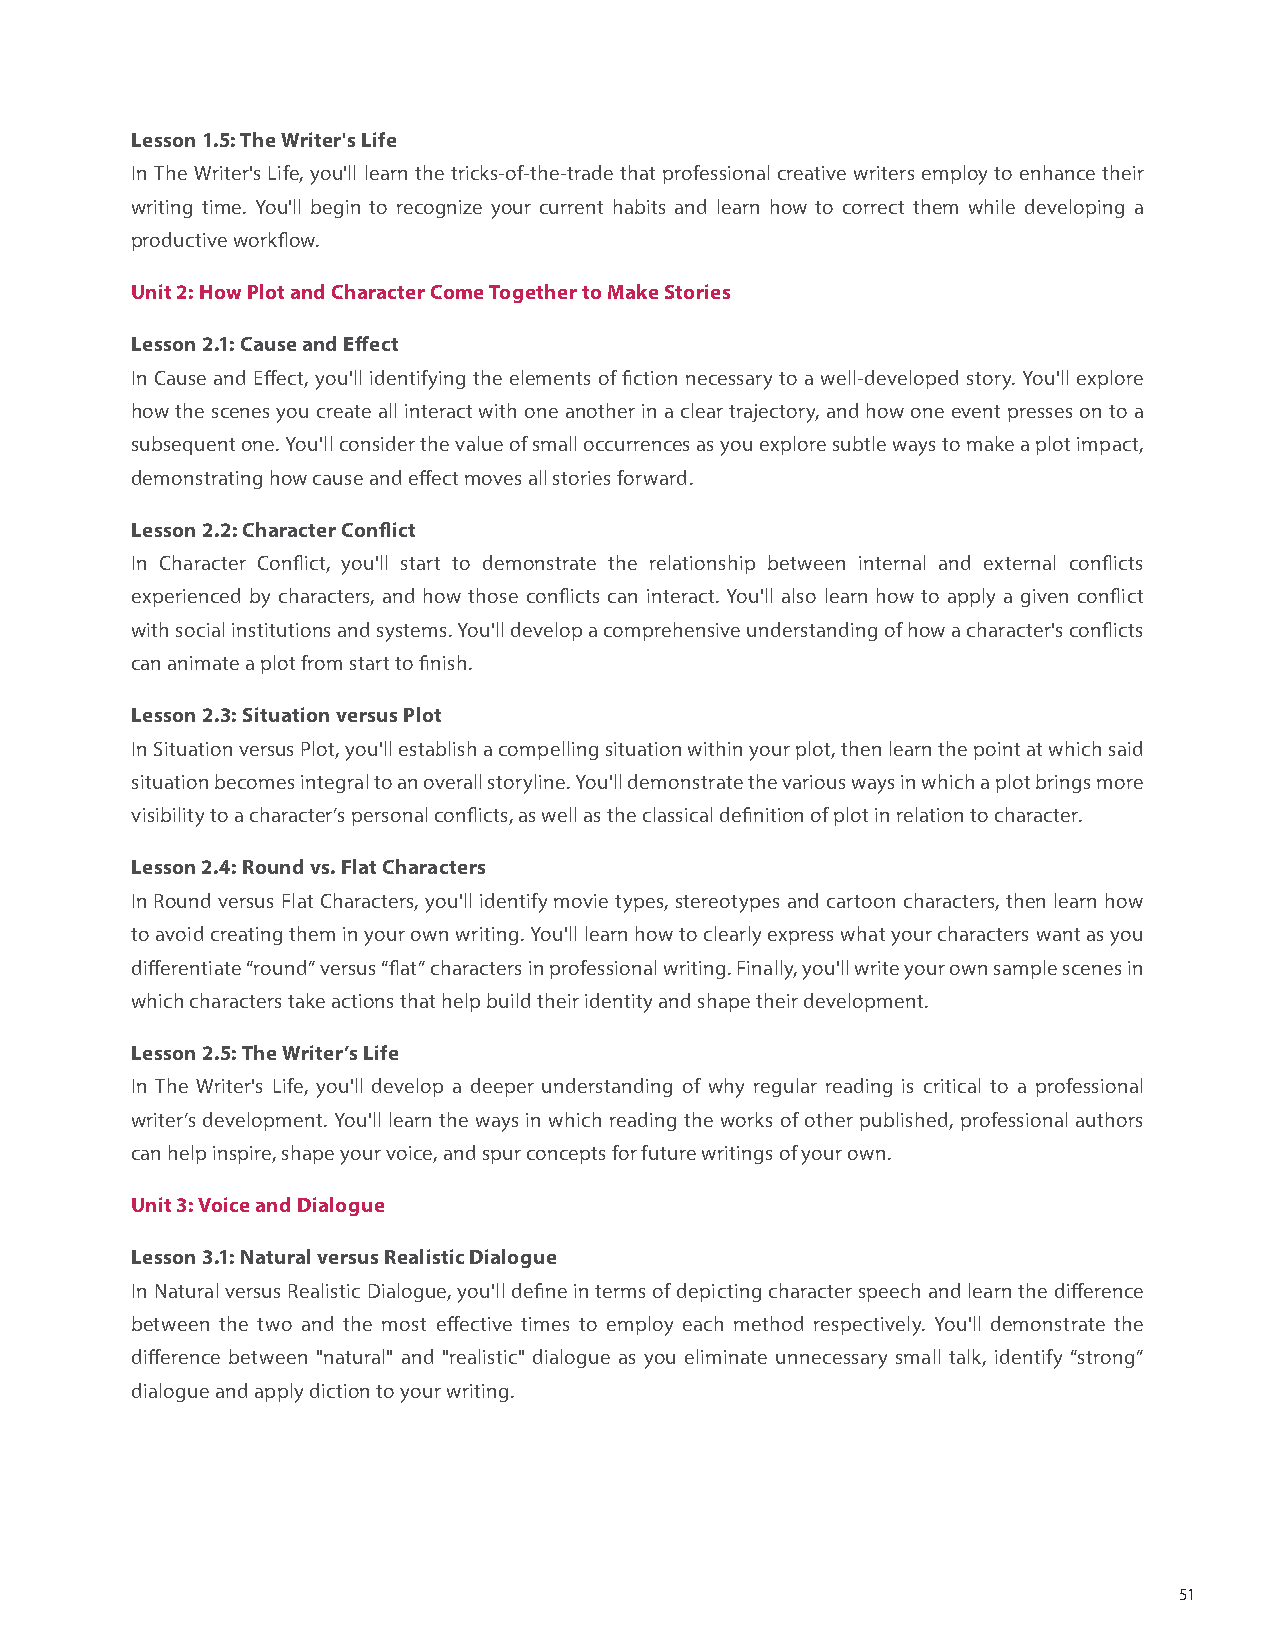
Lesson 1.5: The Writer's Life
 In The Writer's Life, you'll learn the tricks-of-the-trade that professional creative writers employ to enhance their
 writing time. You'll begin to recognize your current habits and learn how to correct them while developing a
 productive workflow.
 Unit 2: How Plot and Character Come Together to Make Stories
 Lesson 2.1: Cause and Effect
 In Cause and Effect, you'll identifying the elements of fiction necessary to a well-developed story. You'll explore
 how the scenes you create all interact with one another in a clear trajectory, and how one event presses on to a
 subsequent one. You'll consider the value of small occurrences as you explore subtle ways to make a plot impact,
 demonstrating how cause and effect moves all stories forward.
 Lesson 2.2: Character Conflict
 In Character Conflict, you'll start to demonstrate the relationship between internal and external conflicts
 experienced by characters, and how those conflicts can interact. You'll also learn how to apply a given conflict
 with social institutions and systems. You'll develop a comprehensive understanding of how a character's conflicts
 can animate a plot from start to finish.
 Lesson 2.3: Situation versus Plot
 In Situation versus Plot, you'll establish a compelling situation within your plot, then learn the point at which said
 situation becomes integral to an overall storyline. You'll demonstrate the various ways in which a plot brings more
 visibility to a character’s personal conflicts, as well as the classical definition of plot in relation to character.
 Lesson 2.4: Round vs. Flat Characters
 In Round versus Flat Characters, you'll identify movie types, stereotypes and cartoon characters, then learn how
 to avoid creating them in your own writing. You'll learn how to clearly express what your characters want as you
 differentiate “round” versus “flat” characters in professional writing. Finally, you'll write your own sample scenes in
 which characters take actions that help build their identity and shape their development.
 Lesson 2.5: The Writer’s Life
 In The Writer's Life, you'll develop a deeper understanding of why regular reading is critical to a professional
 writer’s development. You'll learn the ways in which reading the works of other published, professional authors
 can help inspire, shape your voice, and spur concepts for future writings of your own.
 Unit 3: Voice and Dialogue
 Lesson 3.1: Natural versus Realistic Dialogue
 In Natural versus Realistic Dialogue, you'll define in terms of depicting character speech and learn the difference
 between the two and the most effective times to employ each method respectively. You'll demonstrate the
 difference between "natural" and "realistic" dialogue as you eliminate unnecessary small talk, identify “strong”
 dialogue and apply diction to your writing.
 51